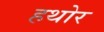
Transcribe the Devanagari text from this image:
हथोर